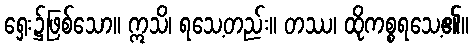
ရှေး၌ဖြစ်သော။ ဣသိ၊ ရသေ့တည်း။ တဿ၊ ထိုကစ္စရသေ့၏။